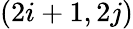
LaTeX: (2i+1,2j)